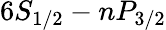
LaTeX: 6S_{1/2}-nP_{3/2}